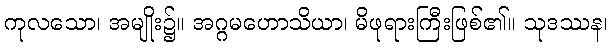
ကုလသော၊ အမျိုး၌။ အဂ္ဂမဟောသိယာ၊ မိဖုရားကြီးဖြစ်၏။ သုဒဿန၊